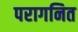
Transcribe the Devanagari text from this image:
परागनित